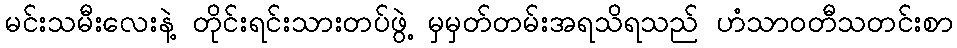
မင်းသမီးလေးနဲ့ တိုင်းရင်းသားတပ်ဖွဲ့ မှမှတ်တမ်းအရသိရသည် ဟံသာဝတီသတင်းစာ